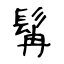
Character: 髯